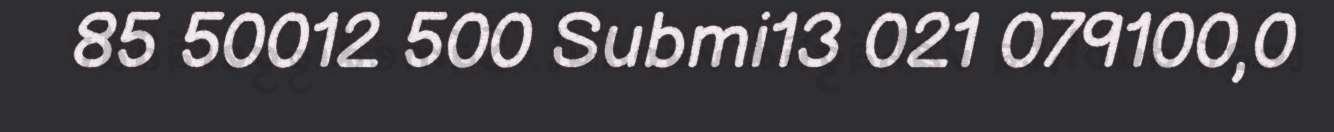
85 50012 500 Submi13 021 079100,0